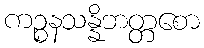
ကဉ္စနသန္နိဘတ္တစော